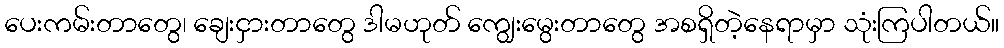
ပေးကမ်းတာတွေ၊ ချေးငှားတာတွေ ဒါမဟုတ် ကျွေးမွေးတာတွေ အစရှိတဲ့နေရာမှာ သုံးကြပါတယ်။